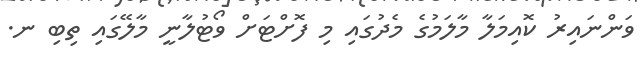
ވަންނައިރު ކޮއިމަލާ މާލަމުގެ މެދުގައި މި ފޮށްޓަށް ވޯޓުލާނީ މާލޭގައި ތިބި ނ.